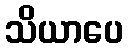
သိယာပေ